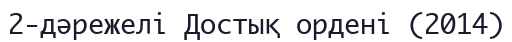
2-дәрежелі Достық ордені (2014)